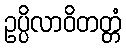
ဥပ္ပိလာဝိတတ္တံ